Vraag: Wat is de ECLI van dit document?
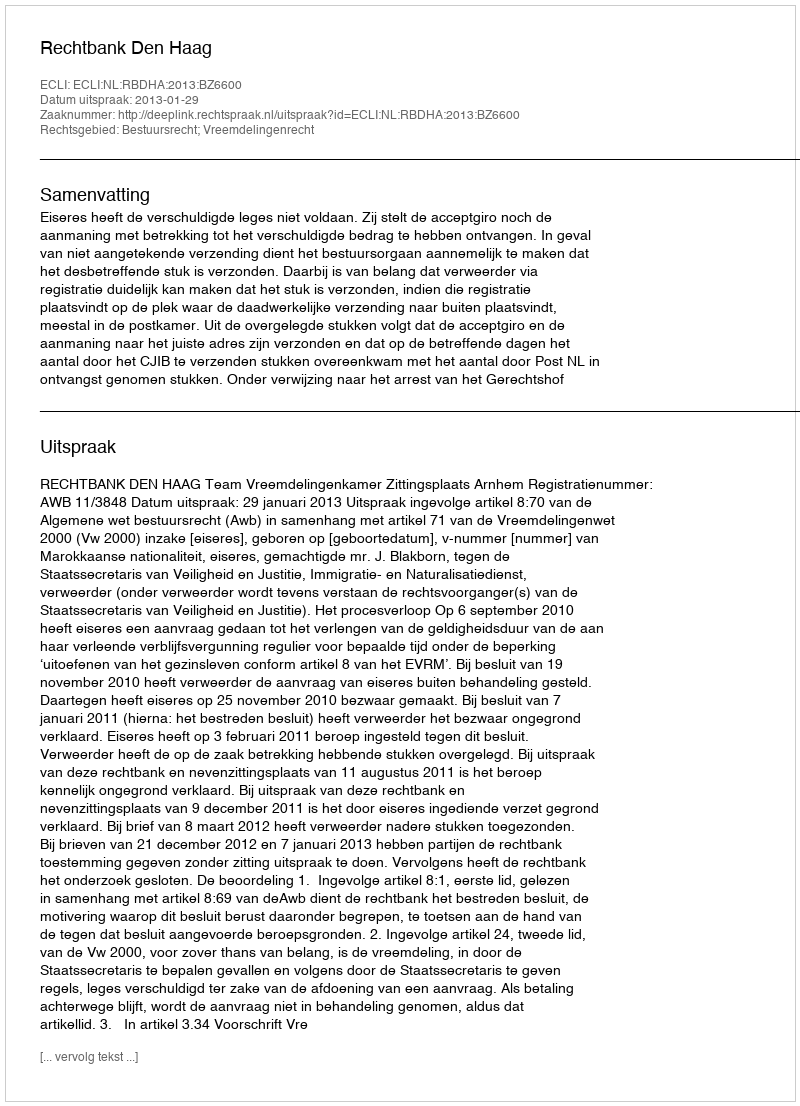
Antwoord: ECLI:NL:RBDHA:2013:BZ6600